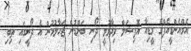
އެމްއެންޑީއެފްގެ މީޑިއާ އޮފިޝަލް ވިދާޅުވީ ދޯނި ބަންޑުން ޖަހާލުމުން އެ ދޯނީގައި ތިބި